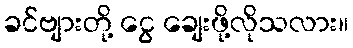
ခင်ဗျားတို့ ငွေ ချေးဖို့လိုသလား။